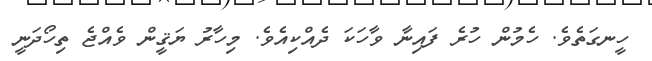
ހީނގަތެވެ. ހެމުން ހުރެ ފައިނާ ވާހަކަ ދެއްކިއެވެ. މިހާރު ޔަޤީން ވެއްޖެ ތިހޯދަނީ